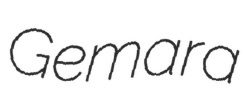
Gemara